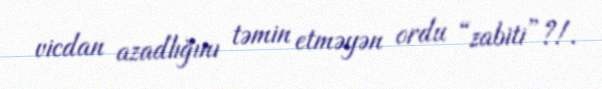
vicdan azadlığını təmin etməyən ordu “zabiti”?!.